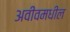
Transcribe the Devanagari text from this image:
अवीवमधील